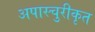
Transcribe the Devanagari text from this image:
अपास्चुरीकृत